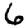
Digit: 6